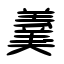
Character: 羹